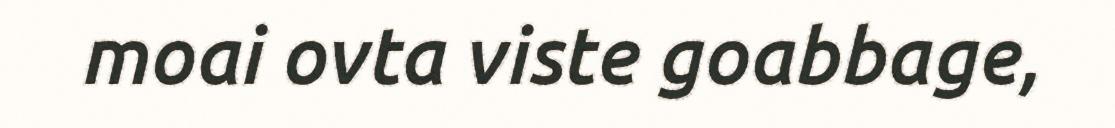
moai ovta viste goabbage,